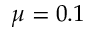
\mu = 0 . 1